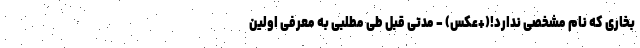
بخاری که نام مشخصی ندارد!(+عکس) - مدتی قبل طی مطلبی به معرفی اولین